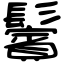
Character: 鬢